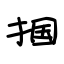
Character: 掴